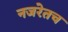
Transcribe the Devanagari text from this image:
नजरेतच